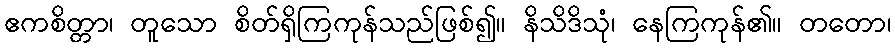
ဧကစိတ္တာ၊ တူသော စိတ်ရှိကြကုန်သည်ဖြစ်၍။ နိသိဒိသုံ၊ နေကြကုန်၏။ တတော၊